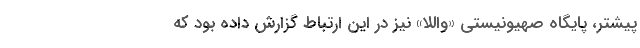
پیشتر، پایگاه صهیونیستی «واللا» نیز در این ارتباط گزارش داده بود که